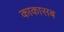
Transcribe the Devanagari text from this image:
काकासब